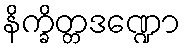
နိက္ခိတ္တဒဏ္ဍော